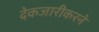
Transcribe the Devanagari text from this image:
देकजारीकरने